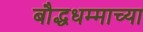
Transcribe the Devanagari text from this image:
बौद्धधम्माच्या